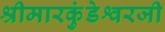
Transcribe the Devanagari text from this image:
श्रीमारकुंडेश्वरजी